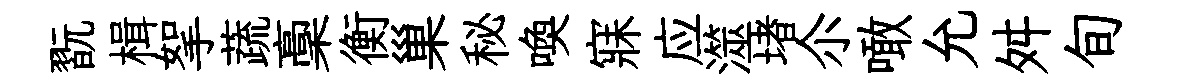
翫楫挐蔬稾衡巢秘喚寐应澨堵尒噉允舛旬